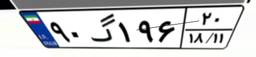
۹۰گ۱۹۶۲۰